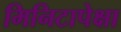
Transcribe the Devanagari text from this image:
मिनिटापेक्षा